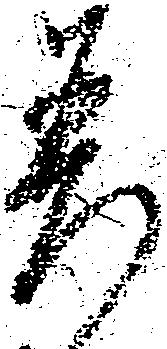
差